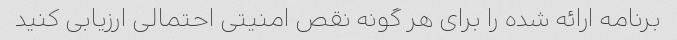
برنامه ارائه شده را برای هر گونه نقص امنیتی احتمالی ارزیابی کنید